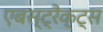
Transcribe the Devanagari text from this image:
एबस्ट्रैक्ट्स